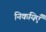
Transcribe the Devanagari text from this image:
निकयिएँ